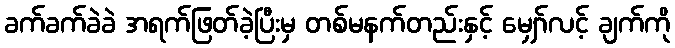
ခက်ခက်ခဲခဲ အရက်ဖြတ်ခဲ့ပြီးမှ တစ်မနက်တည်းနှင့် မျှော်လင့် ချက်ကို